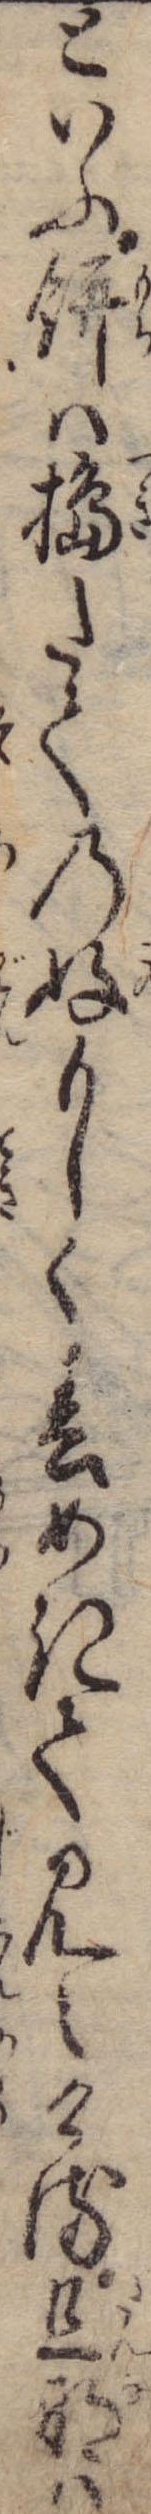
といふ餅は搗たての好もしく春めきて見えける旦那は